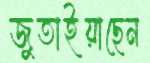
জুতাইয়াছেন